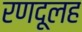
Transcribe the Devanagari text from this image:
रणदूलह